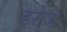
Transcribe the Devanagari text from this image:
इरोजा